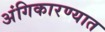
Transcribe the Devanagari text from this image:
अंगिकारण्यात